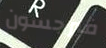
فيرجسون